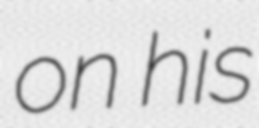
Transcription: on his